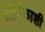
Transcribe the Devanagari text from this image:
शीर्षकाशी